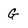
Character: G